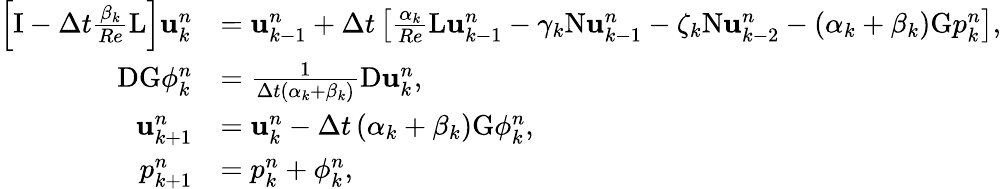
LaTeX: \begin{array}{rl}{\left[\mathrm{I}-\Delta t\frac{\beta_{k}}{Re}\mathrm{L}\right]\mathbf{u}_{k}^{n}}&{=\mathbf{u}_{k-1}^{n}+\Delta t\left[\frac{\alpha_{k}}{Re}\mathrm{L}\mathbf{u}_{k-1}^{n}-\gamma_{k}\mathrm{N}\mathbf{u}_{k-1}^{n}-\zeta_{k}\mathrm{N}\mathbf{u}_{k-2}^{n}-\left(\alpha_{k}+\beta_{k}\right)\mathrm{G}p_{k}^{n}\right],}\\ {\mathrm{DG}\phi_{k}^{n}}&{=\frac{1}{\Delta t\left(\alpha_{k}+\beta_{k}\right)}\mathrm{D}\mathbf{u}_{k}^{n},}\\ {\mathbf{u}_{k+1}^{n}}&{=\mathbf{u}_{k}^{n}-\Delta t\left(\alpha_{k}+\beta_{k}\right)\mathrm{G}\phi_{k}^{n},}\\ {p_{k+1}^{n}}&{=p_{k}^{n}+\phi_{k}^{n},}\end{array}